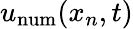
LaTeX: u_{\mathrm{num}}(x_{n},t)